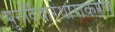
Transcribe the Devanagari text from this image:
पुनर्विचारधाराकरण